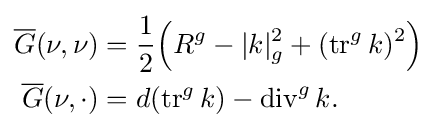
{\begin{aligned}{\overline {G}}(\nu ,\nu )&={\frac {1}{2}}{\Big (}R^{g}-|k|_{g}^{2}+(\operatorname {tr} ^{g}k)^{2}{\Big )}\\{\overline {G}}(\nu ,\cdot )&=d(\operatorname {tr} ^{g}k)-\operatorname {div} ^{g}k.\end{aligned}}